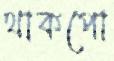
থাকপো